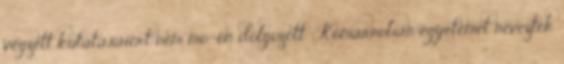
végzett kutatásaiért nem mo.-on dolgozott . Komárnoban egyetemet neveztek